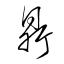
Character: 鼎